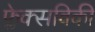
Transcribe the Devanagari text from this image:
फ्लेक्सविकी